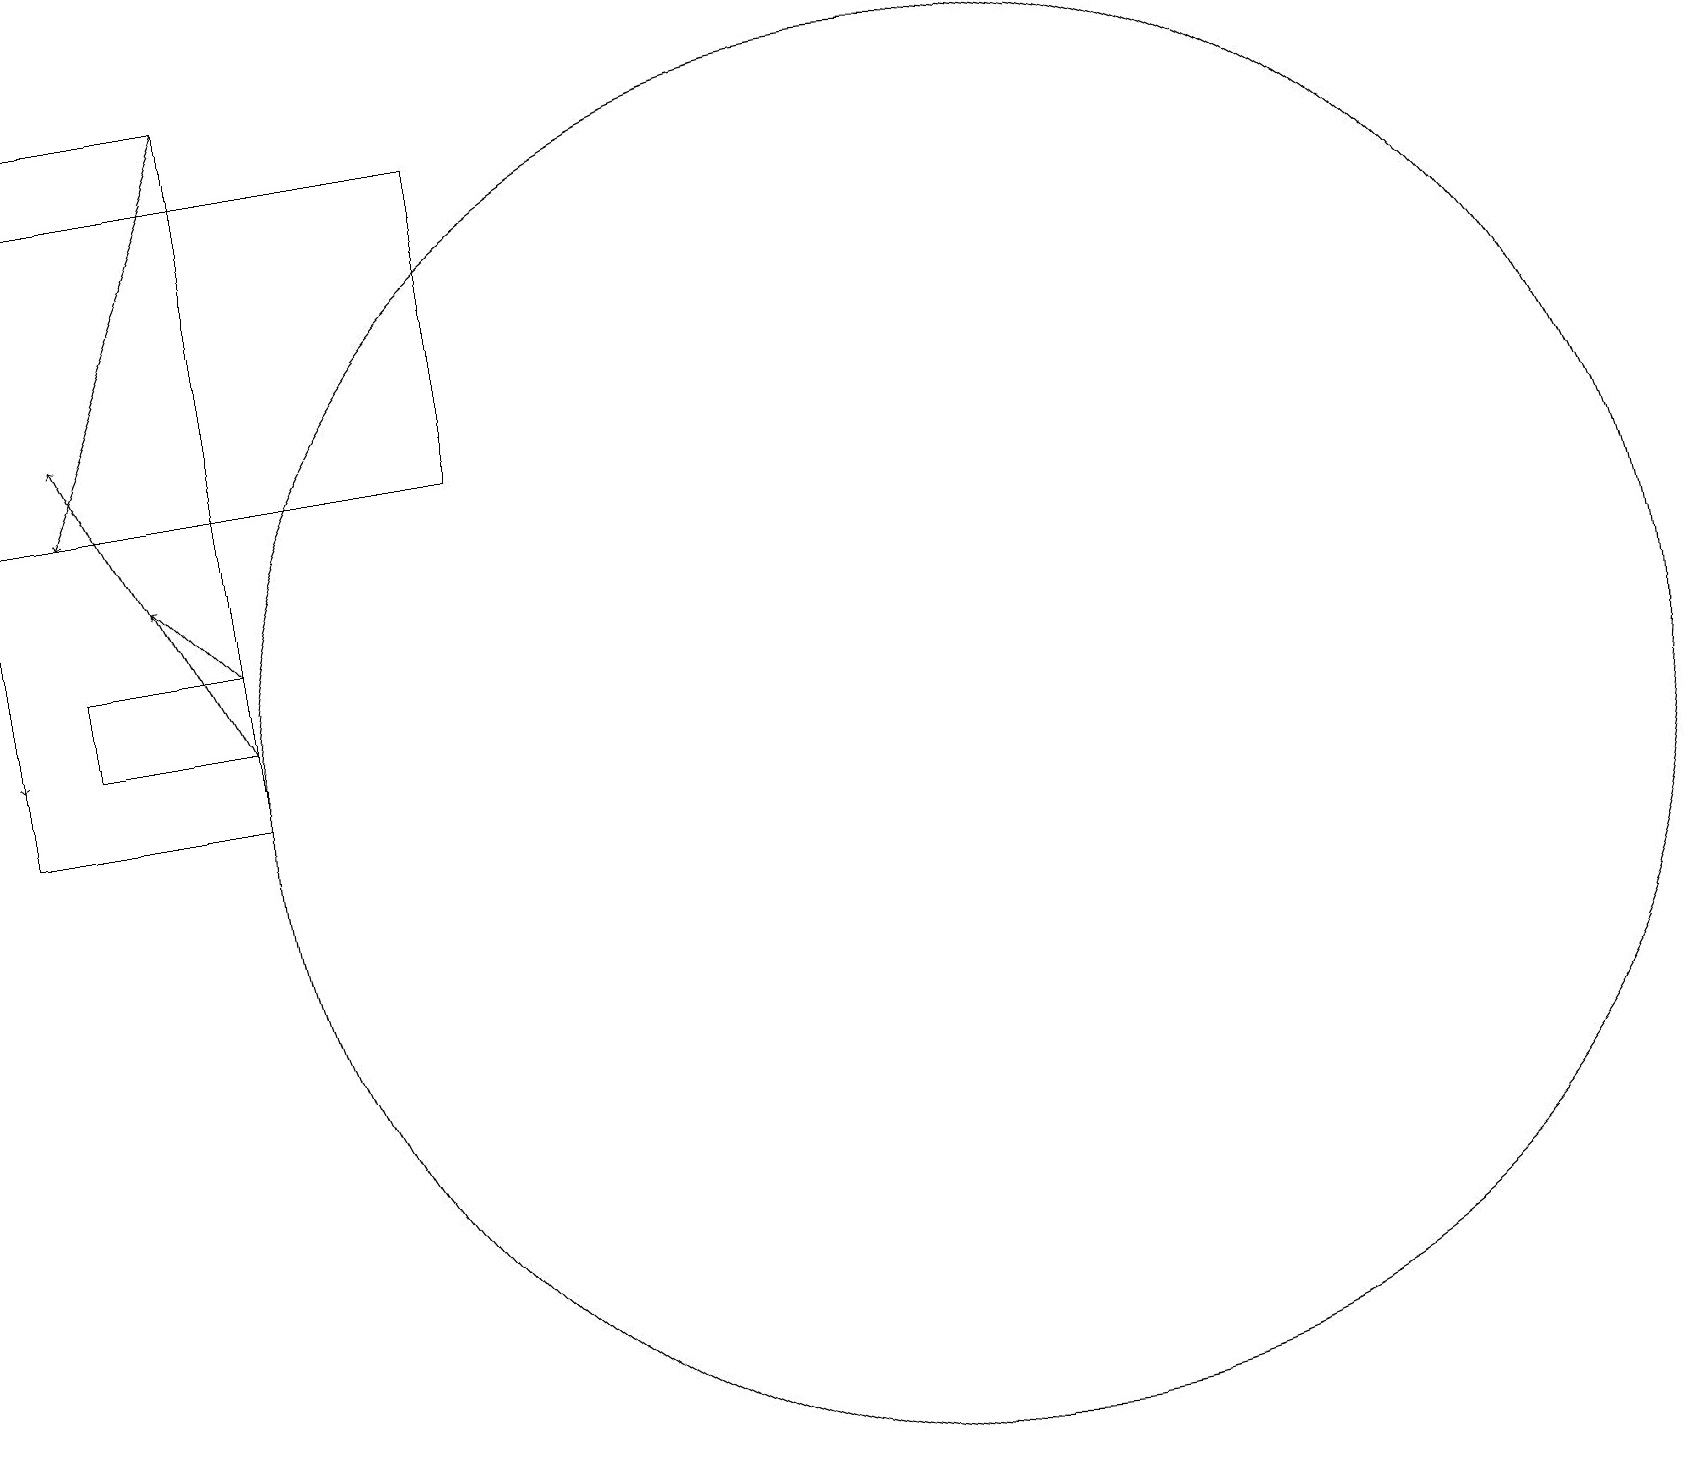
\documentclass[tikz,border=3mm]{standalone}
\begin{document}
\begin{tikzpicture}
\draw[->] (3,19) -- (1,14);
\draw[->] (3,11) -- (1,15);
\draw[->] (3,12) -- (2,13);
\draw (12,10) circle (9);
\draw (0,19) rectangle (3,10);
\draw[->] (0,17) -- (0,11);
\draw (1,11) rectangle (3,12);
\draw (6,14) rectangle (0,18);
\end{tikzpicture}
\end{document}